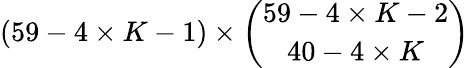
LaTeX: (59-4\times K-1)\times\binom{59-4\times K-2}{40-4\times K}